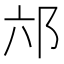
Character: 𮟮